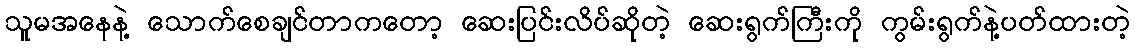
သူမအနေနဲ့ သောက်စေချင်တာကတော့ ဆေးပြင်းလိပ်ဆိုတဲ့ ဆေးရွက်ကြီးကို ကွမ်းရွက်နဲ့ပတ်ထားတဲ့